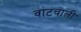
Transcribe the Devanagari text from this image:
वाटचाली